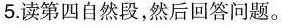
5.读第四自然段，然后回答问题。